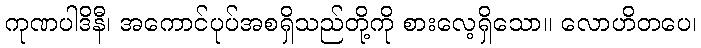
ကုဏပါဒိနီ၊ အကောင်ပုပ်အစရှိသည်တို့ကို စားလေ့ရှိသော။ လောဟိတပေ၊